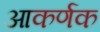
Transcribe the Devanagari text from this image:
आकर्णक